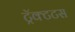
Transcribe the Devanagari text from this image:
ट्रॅक्टटस